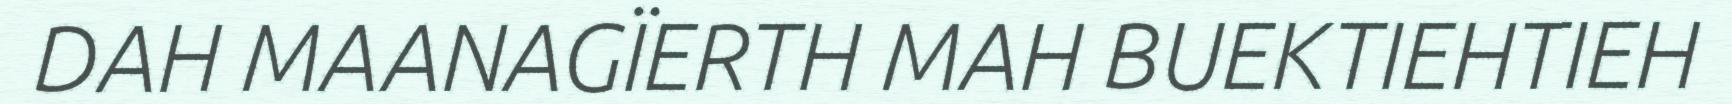
DAH MAANAGÏERTH MAH BUEKTIEHTIEH